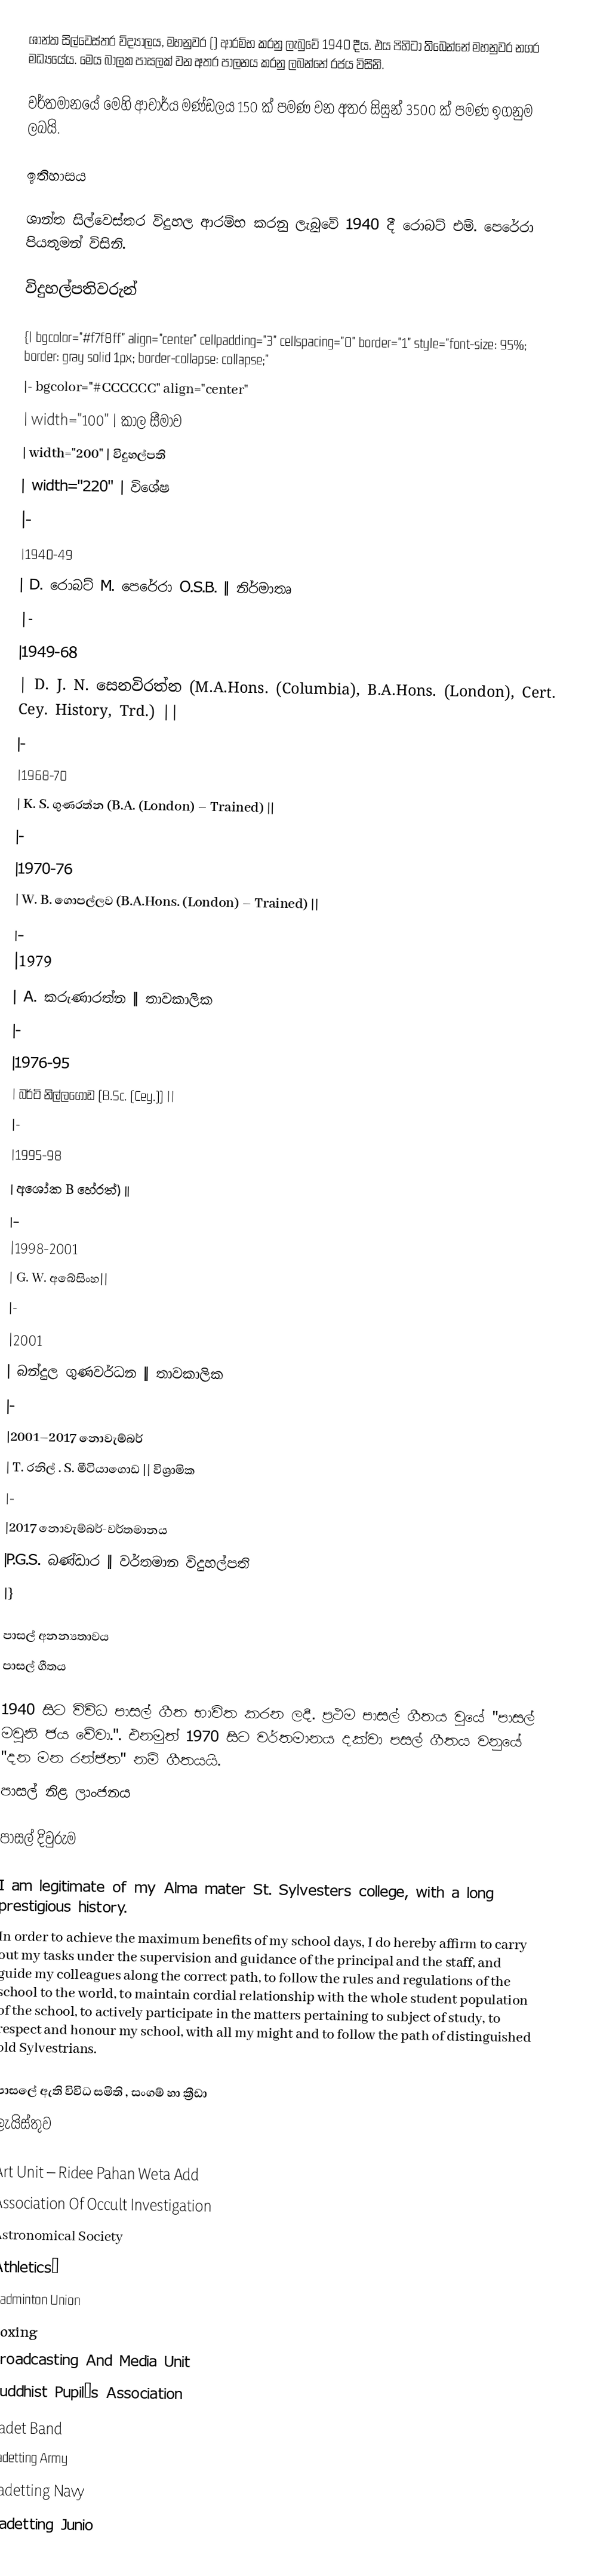
ශාන්ත සිල්වෙස්තර විද්‍යාලය, මහනුවර () ආරම්භ කරනු ලැබුවේ 1940 දීය. එය පිහිටා තිබෙන්නේ මහනුවර නගර මධ්‍යයේය. මෙය බාලක පාසලක් වන අතර පාලනය කරනු ලබන්නේ රජය විසිනි.

වර්තමානයේ මෙහි ආචාර්ය මණ්ඩලය 150 ක් පමණ වන අතර සිසුන් 3500 ක් පමණ ඉගනුම ලබයි.

ඉතිහාසය

ශාන්ත සිල්වෙස්තර විදුහල ආරම්භ කරනු ලැබුවේ 1940 දී රොබට් එම්. පෙරේරා පියතුමන් විසිනි.

විදුහල්පතිවරුන්

{| bgcolor="#f7f8ff" align="center" cellpadding="3" cellspacing="0" border="1" style="font-size: 95%; border: gray solid 1px; border-collapse: collapse;"
|- bgcolor="#CCCCCC" align="center"
| width="100" | කාල සීමාව
| width="200" | විදුහල්පති
| width="220" | විශේෂ
|-
|1940-49
| D. රොබට් M. පෙරේරා O.S.B. || නිර්මාතෘ
|-
|1949-68
|  D. J. N. සෙනවිරත්න (M.A.Hons. (Columbia), B.A.Hons. (London), Cert. Cey. History, Trd.) ||
|-
|1968-70
|  K. S. ගුණරත්න (B.A. (London) – Trained) ||
|-
|1970-76
| W. B. ගොපල්ලව (B.A.Hons. (London) – Trained) ||
|-
|1979
|  A. කරුණාරත්න || තාවකාලික
|-
|1976-95
|  බර්ටි නිල්ලගොඩ (B.Sc. (Cey.)) ||
|-
|1995-98
|  අශෝක B හේරත්) ||
|-
|1998-2001
|  G. W. අබේසිංහ||
|-
|2001
|  බන්දුල ගුණවර්ධන || තාවකාලික
|-
|2001–2017 නොවැම්බර්
|  T. රනිල් . S. මීටියාගොඩ  || විශ්‍රාමික
|-
|2017 නොවැම්බර්-වර්තමානය
|P.G.S. බණ්ඩාර || වර්තමාන විදුහල්පති
|}

පාසල් අනන්‍යතාවය
පාසල් ගීතය

1940 සිට විවිධ පාසල් ගීත භාවිත කරන ලදී. ප්‍රථම පාසල් ගීතය වුයේ "පාසල් මවුනි ජය වේවා.". එනමුත් 1970 සිට වර්තමානය දක්වා පසල් ගීතය වනුයේ "දන මන රන්ජිත" නම් ගීතයයි.
පාසල් නිළ ලාංජනය

පාසල් දිවුරුම

I am legitimate of my Alma mater St. Sylvesters college, with a long prestigious history.
In order to achieve the maximum benefits of my school days, I do hereby affirm to carry out my tasks under the supervision and guidance of the principal and the staff, and guide my colleagues along the correct path, to follow the rules and regulations of the school to the world, to maintain cordial relationship with the whole student population of the school, to actively participate in the matters pertaining to subject of study, to respect and honour my school, with all my might and to follow the path of distinguished old Sylvestrians.

පාසලේ ඇති විවිධ සමිති , සංගම් හා ක්‍රීඩා
ලැයිස්තුව

 Art Unit – Ridee Pahan Weta Add
 Association Of Occult Investigation
 Astronomical Society
 Athletics’
 Badminton Union
 Boxing
 Broadcasting And Media Unit
 Buddhist Pupil’s Association
 Cadet Band
 Cadetting Army
 Cadetting Navy
 Cadetting Junio